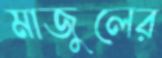
মাজুলের